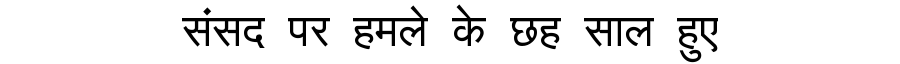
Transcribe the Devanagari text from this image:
संसद पर हमले के छह साल हुए